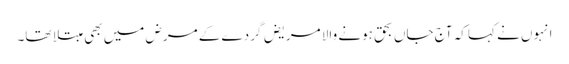
انہوں نے کہا کہ آج جاں بحق ہونے والا مریض گردے کے مرض میں بھی مبتلا تھا۔